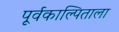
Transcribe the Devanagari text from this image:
पूर्वकाल्पिताला